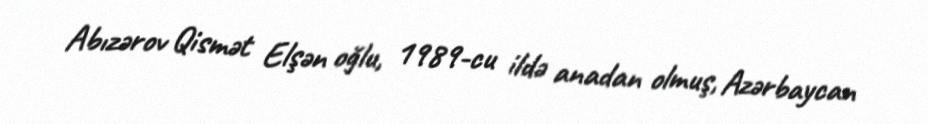
Abızərov Qismət Elşən oğlu, 1989-cu ildə anadan olmuş, Azərbaycan